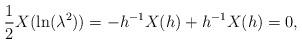
LaTeX: \begin{align*}\frac{1}{2}X(\ln(\lambda^{2})) =-h^{-1}X(h)+h^{-1}X(h)=0,\end{align*}